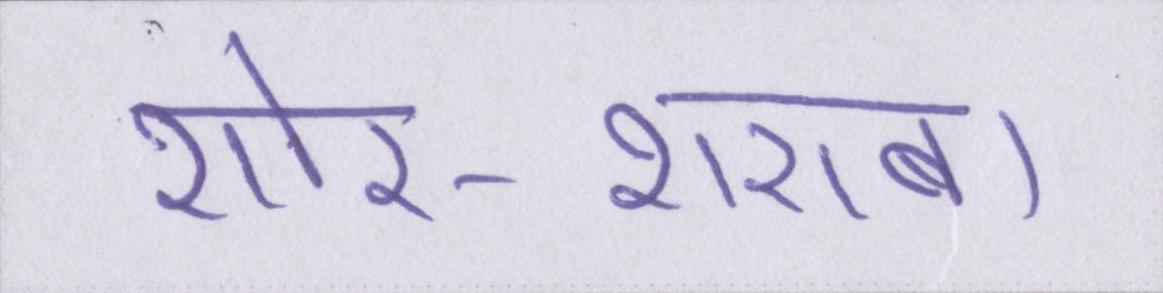
शोर-शराबा